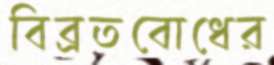
বিব্রতবোধের